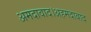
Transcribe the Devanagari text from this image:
अमदावाद।अहमदाबाद